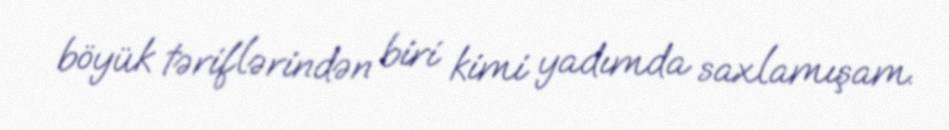
böyük təriflərindən biri kimi yadımda saxlamışam.